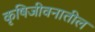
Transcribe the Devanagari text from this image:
कृषिजीवनातील